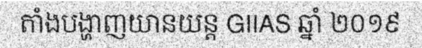
តាំងបង្ហាញយានយន្ត GIIAS ឆ្នាំ ២០១៩